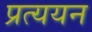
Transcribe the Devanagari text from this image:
प्रत्ययन